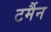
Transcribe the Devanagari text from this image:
टर्मैन